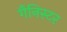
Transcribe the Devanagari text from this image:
गैनिस्टर